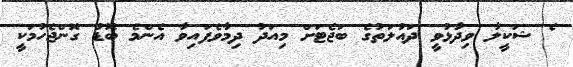
ެ ޝަކީލާ ވިދާޅުވީ ދައުލަތުގެ ބަޖެޓަށް މިއަދު ދިމާވެފައިވާ އެންމެ ބޮޑު ގޮންޖެހުމަކީ